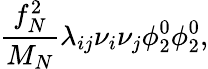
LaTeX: {\frac{f_{N}^{2}}{M_{N}}}\lambda_{ij}\nu_{i}\nu_{j}\phi_{2}^{0}\phi_{2}^{0},